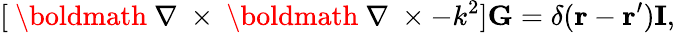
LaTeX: [\mathrm{~\boldmath~\nabla~}\times\mathrm{~\boldmath~\nabla~}\times-k^{2}]{\mathbf G}=\delta({\mathbf r}-{\mathbf r}^{\prime}){\mathbf I},